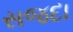
સજદા